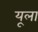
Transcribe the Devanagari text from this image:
यूला